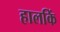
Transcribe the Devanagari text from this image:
हालकिं